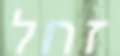
זחל